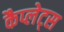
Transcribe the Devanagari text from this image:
कैप्लेट्स